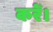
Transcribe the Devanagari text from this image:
करेँ।